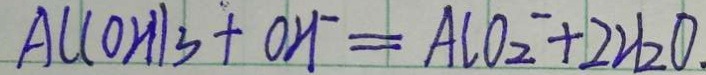
A l ( O H ) _ { 3 } + O H ^ { - } = A l O _ { 2 } ^ { - } + 2 H _ { 2 } O .